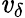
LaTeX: \mathit{v}_{\delta}